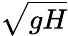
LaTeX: \sqrt{gH}